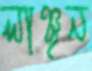
লাঞ্ছন